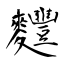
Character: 麷